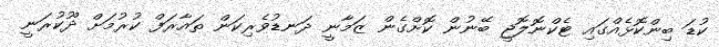
ކުޑަ ބިންކޮޅެއްގައި ޓެކްނޮލޮޖީ ބޭނުން ކޮށްގެން ޒަމާނީ ދަނޑުވެރިކަން ތައާރަފް ކުރުމަށް ދޫކުރަނީ